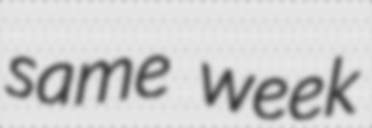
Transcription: same week